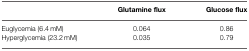
<table><thead><tr><td></td><td><b>Glutamine flux</b></td><td><b>Glucose flux</b></td></tr></thead><tbody><tr><td>Euglycemia (6.4 mM)</td><td>0.064</td><td>0.86</td></tr><tr><td>Hyperglycemia (23.2 mM)</td><td>0.035</td><td>0.79</td></tr></tbody></table>